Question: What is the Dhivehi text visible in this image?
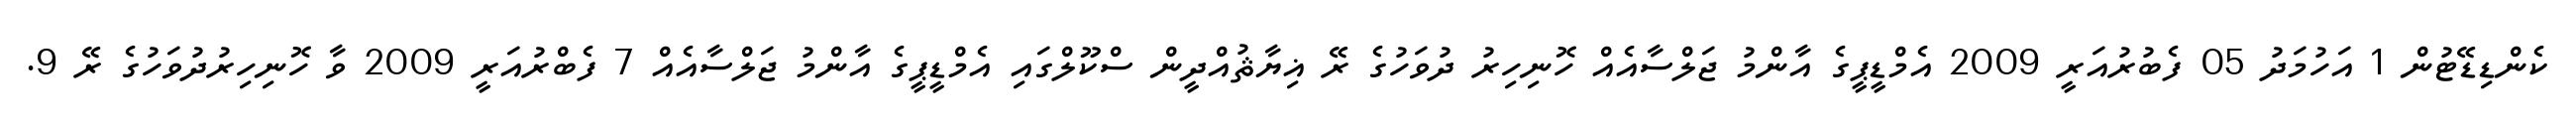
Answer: ކެންޑިޑޭޓުން 1 އަހުމަދު 05 ފެބުރުއަރީ 2009 އެމްޑީޕީގެ އާންމު ޖަލްސާއެއް ހޮނިހިރު ދުވަހުގެ ރޭ ޣިޔާޘުއްދީން ސްކޫލްގައި އެމްޑީޕީގެ އާންމު ޖަލްސާއެއް 7 ފެބްރުއަރީ 2009 ވާ ހޮނިހިރުދުވަހުގެ ރޭ 9.